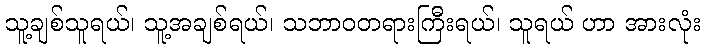
သူ့ချစ်သူရယ်၊ သူ့အချစ်ရယ်၊ သဘာဝတရားကြီးရယ်၊ သူရယ် ဟာ အားလုံး